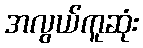
အလွယ်ကူဆုံး